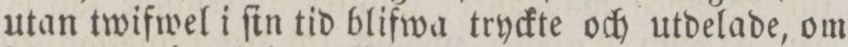
utan twifwel i ſin tid blifwa tryckte och utdelade, om